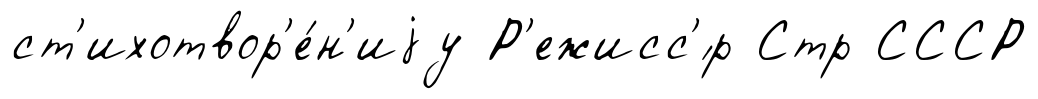
ст'ихотвор'е́н'иjу Р'ежисс'́р Стр СССР